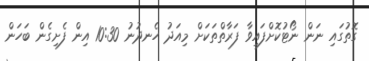
ގޮތުގައި ނަން ނޯޓުކޮށްފައިވާ ފަރާތްތަކަށް މިއަދު ހެނދުނު 10:30 އިން ފެށިގެން ބަހަން